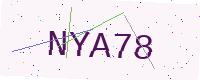
Text: NYA78